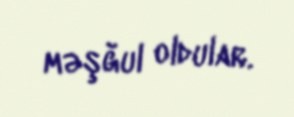
məşğul oldular.